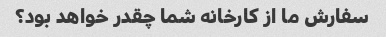
سفارش ما از کارخانه شما چقدر خواهد بود؟